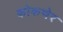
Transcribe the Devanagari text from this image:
कोकणेर